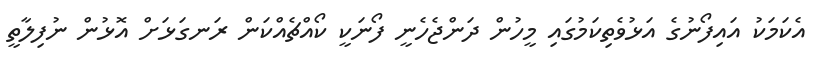
އެކަމަކު އައިފޯނުގެ އަޅުވެތިކަމުގައި މީހުން ދަންޖެހެނީ ފޯނަކީ ކޯއްޗެއްކަން ރަނގަޅަށް އޮޅުން ނުފިލާތީ